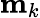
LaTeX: \mathbf{m}_{k}